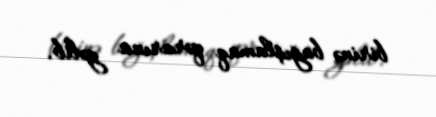
birinə bağışlamaq qərarına gəlib.